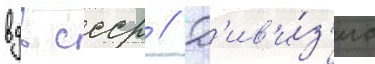
вдв ссср // Д'ив'и́з'иа